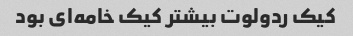
کیک ردولوت بیشتر کیک خامه‌ای بود